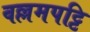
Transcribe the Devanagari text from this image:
वल्लमपट्टि